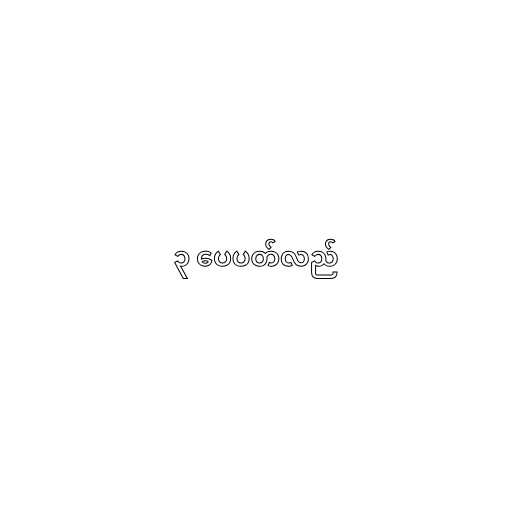
၃ ပေပတ်လည်